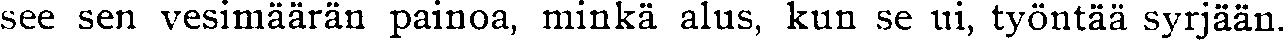
see sen vesimäärän painoa, minkä alus, kun se ui, työntää syrjään.